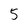
Character: 5